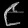
Digit: ၉